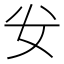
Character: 𭑨